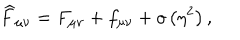
LaTeX: \widehat { F } _ { \mu \nu } = F _ { \mu \nu } + f _ { \mu \nu } + o \left( \eta ^ { 2 } \right) ,